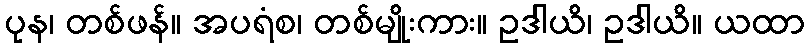
ပုန၊ တစ်ဖန်။ အပရံစ၊ တစ်မျိုးကား။ ဥဒါယိ၊ ဥဒါယိ။ ယထာ